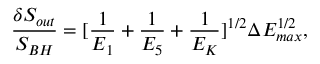
\frac { \delta S _ { o u t } } { S _ { B H } } = [ \frac { 1 } { E _ { 1 } } + \frac { 1 } { E _ { 5 } } + \frac { 1 } { E _ { K } } ] ^ { 1 / 2 } \Delta E _ { m a x } ^ { 1 / 2 } ,